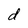
Character: d